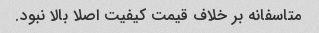
متاسفانه بر خلاف قیمت کیفیت اصلا بالا نبود.